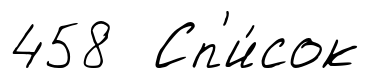
458 Сп'и́сок